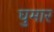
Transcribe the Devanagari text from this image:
घुमार